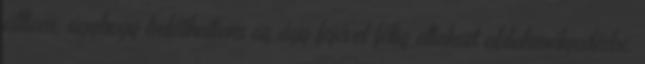
álltam, úgyhogy beláthattam az ágy fejével félig eltakart ablakmélyedésbe.